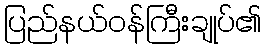
ပြည်နယ်ဝန်ကြီးချုပ်၏